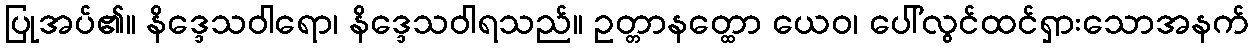
ပြုအပ်၏။ နိဒ္ဒေသဝါရော၊ နိဒ္ဒေသဝါရသည်။ ဥတ္တာနတ္ထော ယေဝ၊ ပေါ်လွင်ထင်ရှားသောအနက်